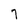
Character: 7